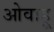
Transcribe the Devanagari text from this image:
ओवाहू